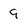
Character: 9